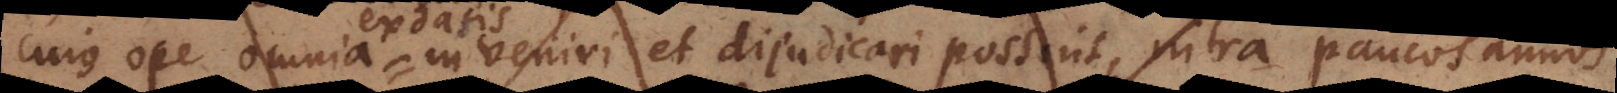
cujus ope omnia ex datis inveniri et dijudicari possint intra paucos annos,